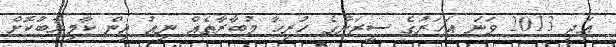
އަދި 2013 ވަނަ އަހަރުގެ ސީޒަނުގެ ހުރިހާ މުބާރާތެއް ނިއު އިން ކާމިޔާބުކޮށް